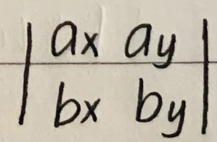
\[
\begin{vmatrix}
a_x & a_y \\
b_x & b_y
\end{vmatrix}
\]